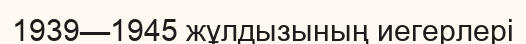
1939—1945 жұлдызының иегерлері